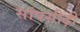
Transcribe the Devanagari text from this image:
सांपसीढ़ी